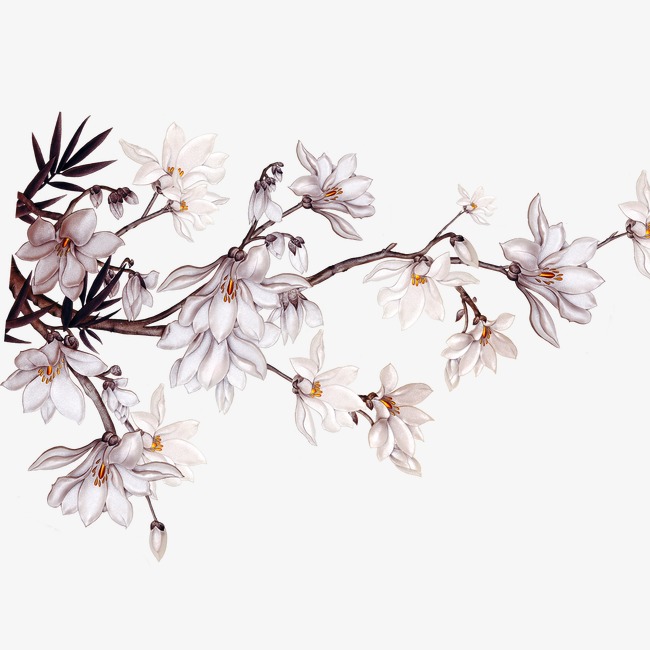
桑柘外秋千女儿，髻双鸦斜插花枝。